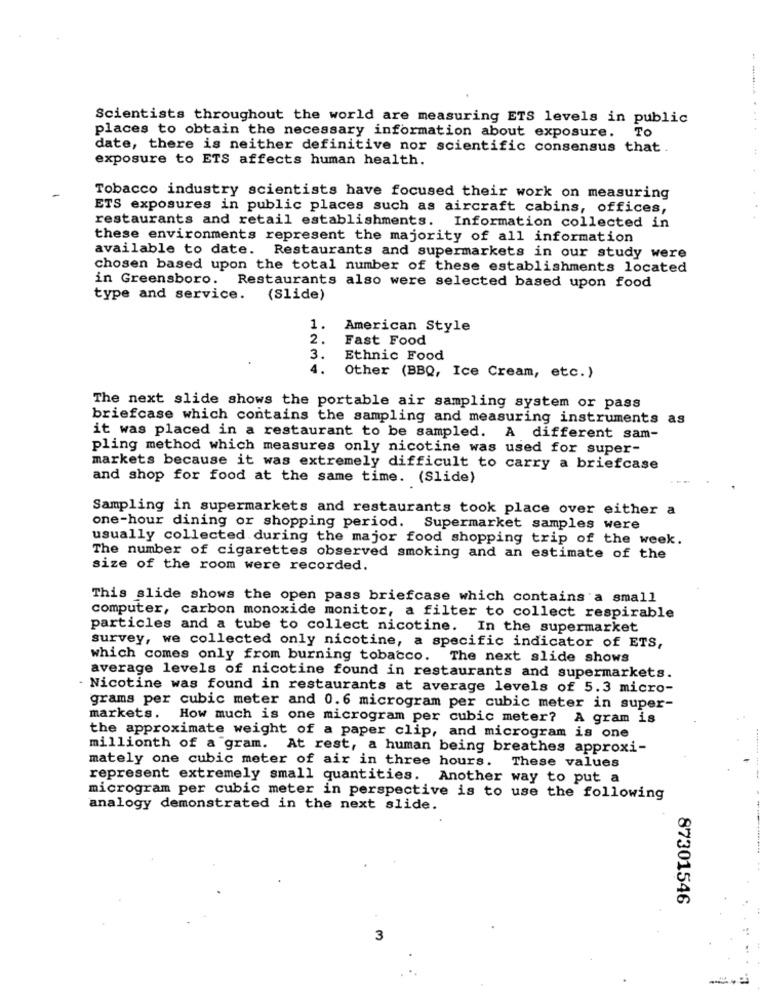
Scientists throughout the world are measuring ETS levels in public
places to obtain the necessary information about exposure. To
date, there is neither definitive nor scientific consensus that .
exposure to ETS affects human health.
Tobacco industry scientists have focused their work on measuring
ETS exposures in public places such as aircraft cabins, offices,
restaurants and retail establishments. Information collected in
these environments represent the majority of all information
available to date. Restaurants and supermarkets in our study were
chosen based upon the total number of these establishments located
in Greensboro. Restaurants also were selected based upon food
type and service. (Slide)
1.
American Style
2.
Fast Food
3.
Ethnic Food
4.
Other (BBQ, Ice Cream, etc.)
The next slide shows the portable air sampling system or pass
briefcase which contains the sampling and measuring instruments as
it was placed in a restaurant to be sampled. A different sam-
pling method which measures only nicotine was used for super-
markets because it was extremely difficult to carry a briefcase
and shop for food at the same time. (Slide)
Sampling in supermarkets and restaurants took place over either a
one-hour dining or shopping period. Supermarket samples were
usually collected during the major food shopping trip of the week.
The number of cigarettes observed smoking and an estimate of the
size of the room were recorded.
This slide shows the open pass briefcase which contains a small
computer, carbon monoxide monitor, a filter to collect respirable
particles and a tube to collect nicotine. In the supermarket
survey, we collected only nicotine, a specific indicator of ETS,
which comes only from burning tobacco. The next slide shows
average levels of nicotine found in restaurants and supermarkets.
· Nicotine was found in restaurants at average levels of 5.3 micro-
grams per cubic meter and 0.6 microgram per cubic meter in super-
markets. How much is one microgram per cubic meter? A gram is
the approximate weight of a paper clip, and microgram is one
millionth of a gram. At rest, a human being breathes approxi-
mately one cubic meter of air in three hours. These values
represent extremely small quantities. Another way to put a
microgram per cubic meter in perspective is to use the following
analogy demonstrated in the next slide.
87301546
3
-=